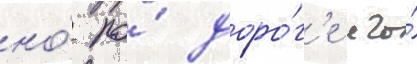
но́ по́ доро́г'е его́